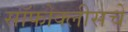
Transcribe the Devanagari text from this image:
सॉफोक्लीसचे